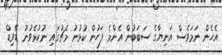
އެހެން ނަމަވެސް އަނިޔާގެ ސަބަބުން އެންމެ ފަހުން ކުޅުނު މެޗުގައި ނުކުޅެވުނު ޑޭވިޑް